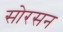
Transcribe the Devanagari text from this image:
सोरसन